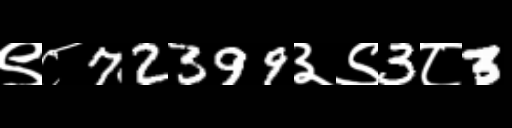
Text: ९८72399३९3८3